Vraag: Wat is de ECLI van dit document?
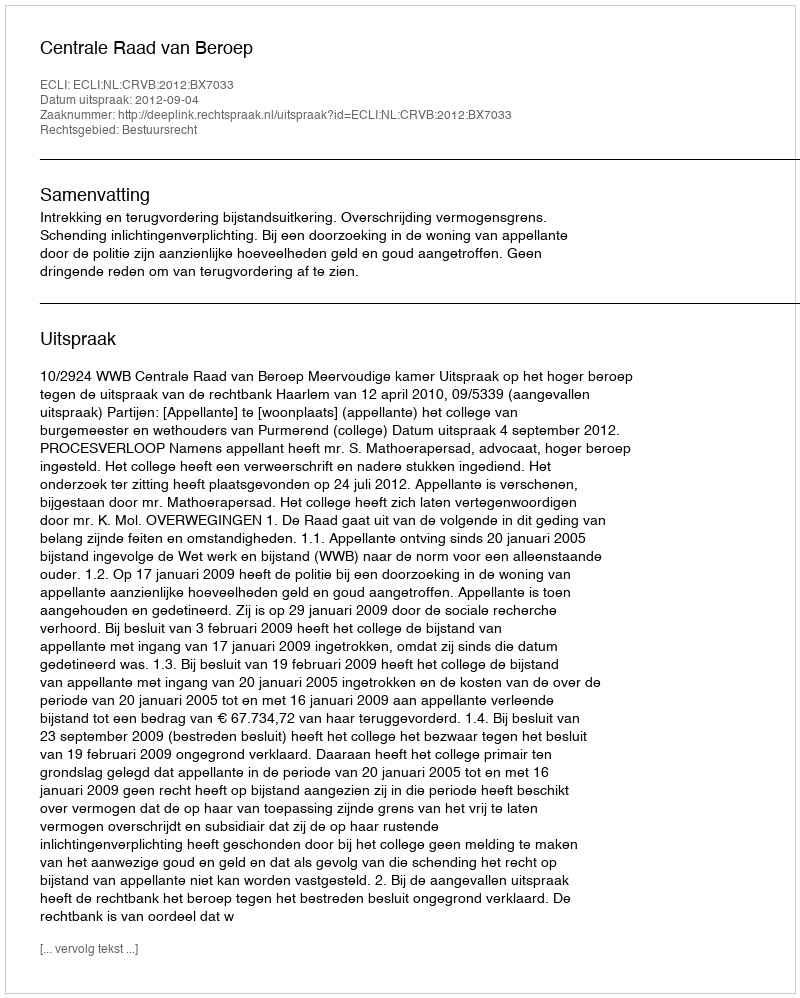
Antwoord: ECLI:NL:CRVB:2012:BX7033